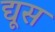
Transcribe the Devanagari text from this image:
द्यूस